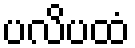
ပလိပထံ